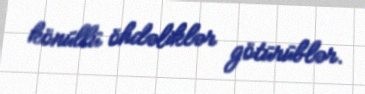
könüllü öhdəliklər götürüblər.